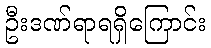
ဦးဒဏ်ရာရရှိကြောင်း